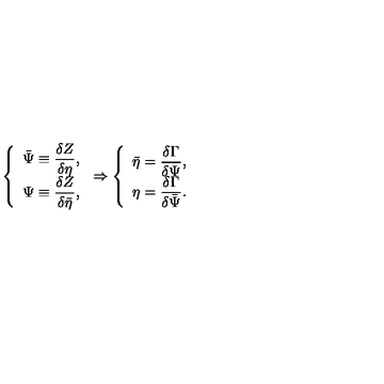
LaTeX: \left\{ \begin{array} { r c l } { \bar { \Psi } \equiv \displaystyle \frac { \delta Z } { \delta \eta } , } \\ { \Psi \equiv \displaystyle \frac { \delta Z } { \delta \bar { \eta } } , } \\ \end{array} \right. \Rightarrow \left\{ \begin{array} { r c l } { \bar { \eta } = \displaystyle \frac { \delta \Gamma } { \delta \Psi } , } \\ { \eta = \displaystyle \frac { \delta \Gamma } { \delta \bar { \Psi } } . } \\ \end{array} \right.